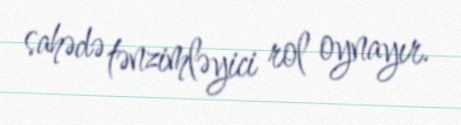
sahədə tənzimləyici rol oynayır.